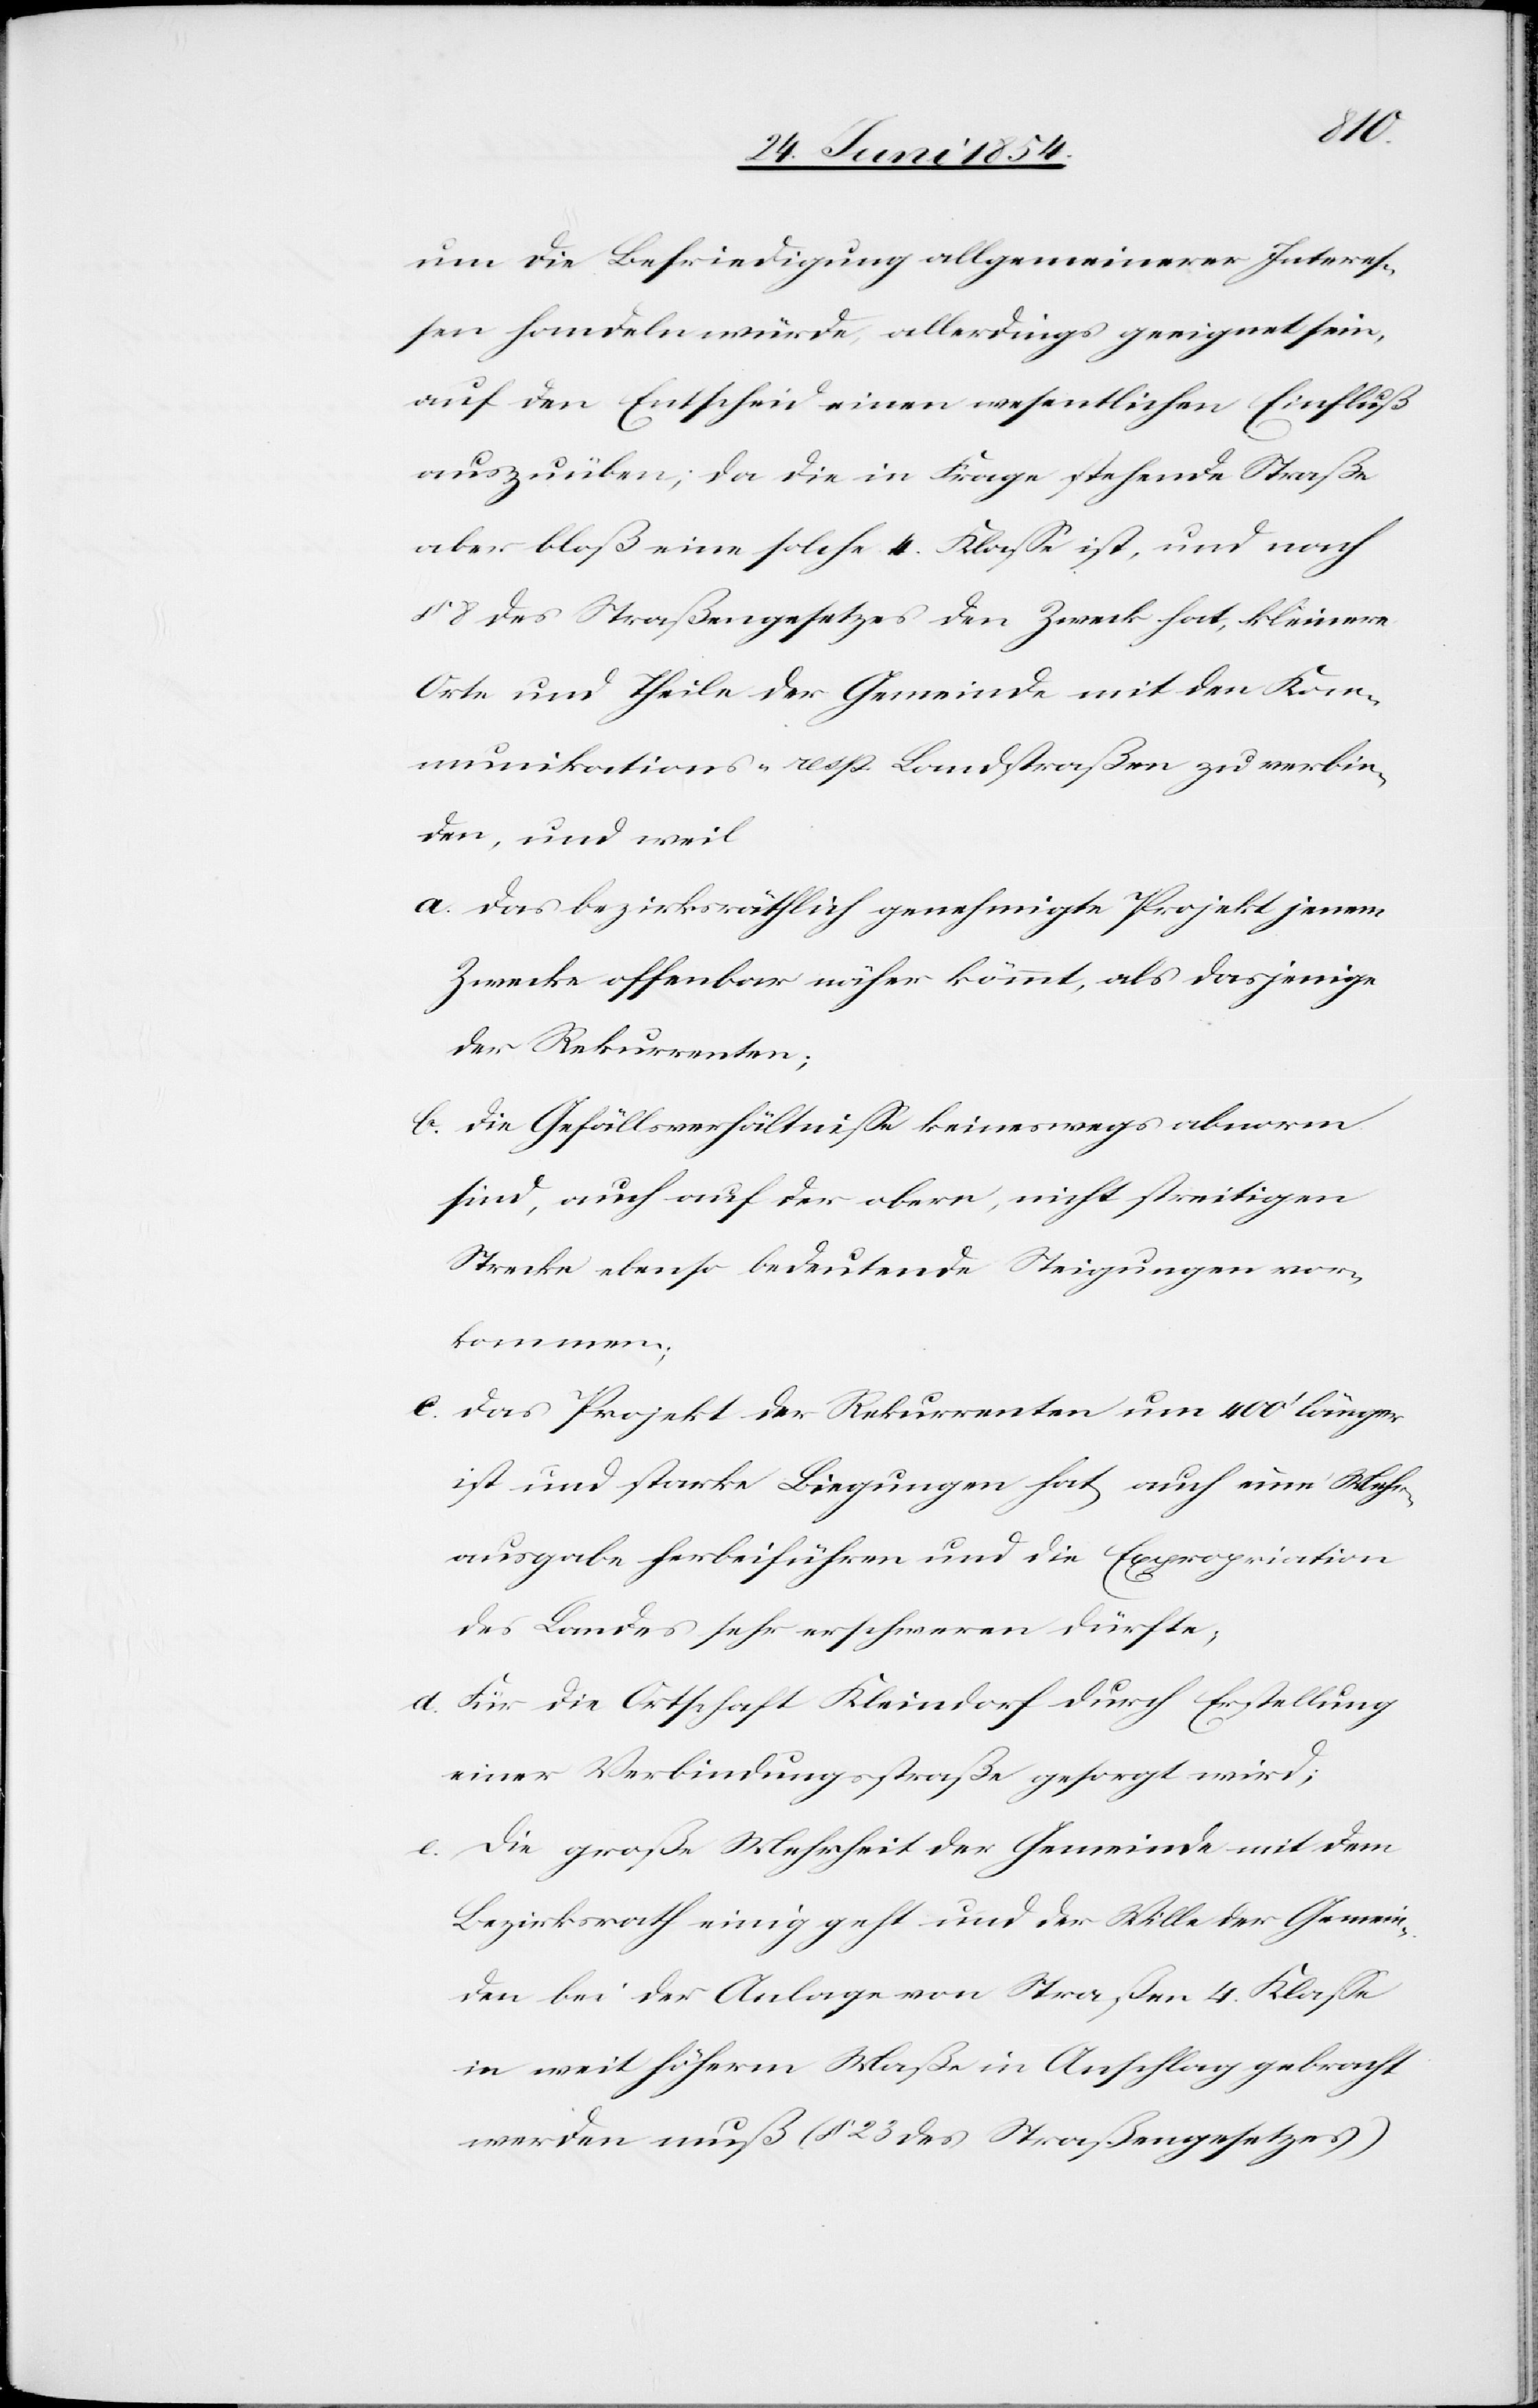
um die Befriedigung allgemeinerer Intereß¬
en handeln würde, allerdings geeignet sein,
auf den Entscheid einen wesentlichen Einfluß
auszuüben; da die in Frage stehende Straße
aber bloß eine solche 4. Klaße ist, und nach
§ 8 des Straßengesetzes den Zweck hat, kleinere
Orte und Theile der Gemeinde mit den Kom¬
munikations- resp. Landstraßen zu verbin¬
den, und weil
a. das bezirksräthliche genehmigte Projekt jenem
Zwecke offenbar näher kömmt, als dasjenige
der Rekurrenten;
b. die Gefällsverhältniße keineswegs abnorm
sind, auch auf der obern, nicht streitigen
Strecke ebenso bedeutende Steigungen vor¬
kommen;
c. das Projekt der Rekurrenten um 400‘ länger
ist und starke Biegungen hat, auch eine Mehr¬
ausgabe herbeiführen und die Expropriation
des Landes sehr erschweren dürfte;
d. Für die Ortschaft Kleindorf durch Erstellung
einer Verbindungsstraße gesorgt wird;
e. Die große Mehrheit der Gemeinde mit dem
Bezirksrath einig geht und der Wille der Gemein¬
den bei der Anlage von Straßen 4. Klaße
in weit höherm Maße in Anschlag gebracht
werden muß (§ 23 des Straßengesetzes)